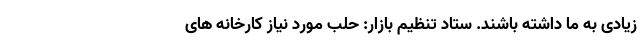
زیادی به ما داشته باشند. ستاد تنظیم بازار: حلب مورد نیاز کارخانه های